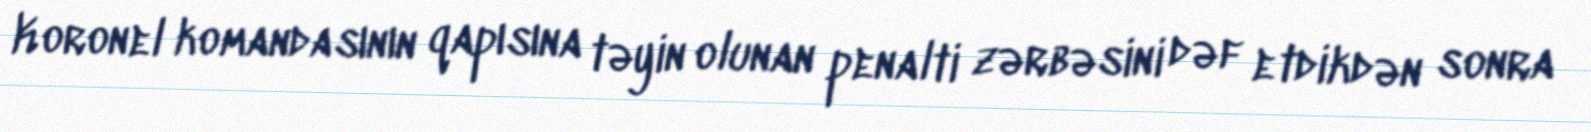
Koronel komandasının qapısına təyin olunan penalti zərbəsini dəf etdikdən sonra